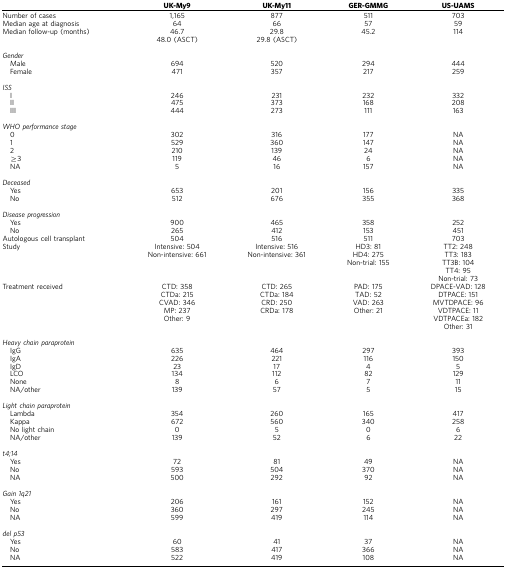
<table><thead><tr><td><b> </b></td><td><b>UK-My9</b></td><td><b>UK-My11</b></td><td><b>GER-GMMG</b></td><td><b>US-UAMS</b></td></tr></thead><tbody><tr><td>Number of cases</td><td>1,165</td><td>877</td><td>511</td><td>703</td></tr><tr><td>Median age at diagnosis</td><td>64</td><td>66</td><td>57</td><td>59</td></tr><tr><td>Median follow-up (months)</td><td>46.7</td><td>29.8</td><td>45.2</td><td>114</td></tr><tr><td> </td><td>48.0 (ASCT)</td><td>29.8 (ASCT)</td><td> </td><td> </td></tr><tr><td> </td><td> </td><td> </td><td> </td><td> </td></tr><tr><td colspan="5"><i>Gender</i></td></tr><tr><td> Male</td><td>694</td><td>520</td><td>294</td><td>444</td></tr><tr><td> Female</td><td>471</td><td>357</td><td>217</td><td>259</td></tr><tr><td> </td><td> </td><td> </td><td> </td><td> </td></tr><tr><td colspan="5"><i>ISS</i></td></tr><tr><td> I</td><td>246</td><td>231</td><td>232</td><td>332</td></tr><tr><td> II</td><td>475</td><td>373</td><td>168</td><td>208</td></tr><tr><td> III</td><td>444</td><td>273</td><td>111</td><td>163</td></tr><tr><td> </td><td> </td><td> </td><td> </td><td> </td></tr><tr><td colspan="5"><i>WHO performance stage</i></td></tr><tr><td> 0</td><td>302</td><td>316</td><td>177</td><td>NA</td></tr><tr><td> 1</td><td>529</td><td>360</td><td>147</td><td>NA</td></tr><tr><td> 2</td><td>210</td><td>139</td><td>24</td><td>NA</td></tr><tr><td> ≥3</td><td>119</td><td>46</td><td>6</td><td>NA</td></tr><tr><td> NA</td><td>5</td><td>16</td><td>157</td><td>NA</td></tr><tr><td> </td><td> </td><td> </td><td> </td><td> </td></tr><tr><td colspan="5"><i>Deceased</i></td></tr><tr><td> Yes</td><td>653</td><td>201</td><td>156</td><td>335</td></tr><tr><td> No</td><td>512</td><td>676</td><td>355</td><td>368</td></tr><tr><td> </td><td> </td><td> </td><td> </td><td> </td></tr><tr><td colspan="5"><i>Disease progression</i></td></tr><tr><td> Yes</td><td>900</td><td>465</td><td>358</td><td>252</td></tr><tr><td> No</td><td>265</td><td>412</td><td>153</td><td>451</td></tr><tr><td>Autologous cell transplant</td><td>504</td><td>516</td><td>511</td><td>703</td></tr><tr><td>Study</td><td>Intensive: 504</td><td>Intensive: 516</td><td>HD3: 81</td><td>TT2: 248</td></tr><tr><td> </td><td>Non-intensive: 661</td><td>Non-intensive: 361</td><td>HD4: 275</td><td>TT3: 183</td></tr><tr><td> </td><td> </td><td> </td><td>Non-trial: 155</td><td>TT3B: 104</td></tr><tr><td> </td><td> </td><td> </td><td> </td><td>TT4: 95</td></tr><tr><td> </td><td> </td><td> </td><td> </td><td>Non-trial: 73</td></tr><tr><td>Treatment received</td><td>CTD: 358</td><td>CTD: 265</td><td>PAD: 175</td><td>DPACE-VAD: 128</td></tr><tr><td> </td><td>CTDa: 215</td><td>CTDa: 184</td><td>TAD: 52</td><td>DTPACE: 151</td></tr><tr><td> </td><td>CVAD: 346</td><td>CRD: 250</td><td>VAD: 263</td><td>MVTDPACE: 96</td></tr><tr><td> </td><td>MP: 237</td><td>CRDa: 178</td><td>Other: 21</td><td>VDTPACE: 11</td></tr><tr><td> </td><td>Other: 9</td><td> </td><td> </td><td>VDTPACEa: 182</td></tr><tr><td> </td><td> </td><td> </td><td> </td><td>Other: 31</td></tr><tr><td> </td><td> </td><td> </td><td> </td><td> </td></tr><tr><td colspan="5"><i>Heavy chain paraprotein</i></td></tr><tr><td> IgG</td><td>635</td><td>464</td><td>297</td><td>393</td></tr><tr><td> IgA</td><td>226</td><td>221</td><td>116</td><td>150</td></tr><tr><td> IgD</td><td>23</td><td>17</td><td>4</td><td>5</td></tr><tr><td> LCO</td><td>134</td><td>112</td><td>82</td><td>129</td></tr><tr><td> None</td><td>8</td><td>6</td><td>7</td><td>11</td></tr><tr><td> NA/other</td><td>139</td><td>57</td><td>5</td><td>15</td></tr><tr><td> </td><td> </td><td> </td><td> </td><td> </td></tr><tr><td colspan="5"><i>Light chain paraprotein</i></td></tr><tr><td> Lambda</td><td>354</td><td>260</td><td>165</td><td>417</td></tr><tr><td> Kappa</td><td>672</td><td>560</td><td>340</td><td>258</td></tr><tr><td> No light chain</td><td>0</td><td>5</td><td>0</td><td>6</td></tr><tr><td> NA/other</td><td>139</td><td>52</td><td>6</td><td>22</td></tr><tr><td> </td><td> </td><td> </td><td> </td><td> </td></tr><tr><td colspan="5"><i>t4;14</i></td></tr><tr><td> Yes</td><td>72</td><td>81</td><td>49</td><td>NA</td></tr><tr><td> No</td><td>593</td><td>504</td><td>370</td><td>NA</td></tr><tr><td> NA</td><td>500</td><td>292</td><td>92</td><td>NA</td></tr><tr><td> </td><td> </td><td> </td><td> </td><td> </td></tr><tr><td colspan="5"><i>Gain 1q21</i></td></tr><tr><td> Yes</td><td>206</td><td>161</td><td>152</td><td>NA</td></tr><tr><td> No</td><td>360</td><td>297</td><td>245</td><td>NA</td></tr><tr><td> NA</td><td>599</td><td>419</td><td>114</td><td>NA</td></tr><tr><td> </td><td> </td><td> </td><td> </td><td> </td></tr><tr><td colspan="5"><i>del p53</i></td></tr><tr><td> Yes</td><td>60</td><td>41</td><td>37</td><td>NA</td></tr><tr><td> No</td><td>583</td><td>417</td><td>366</td><td>NA</td></tr><tr><td> NA</td><td>522</td><td>419</td><td>108</td><td>NA</td></tr></tbody></table>